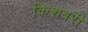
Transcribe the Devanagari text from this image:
किशबरी